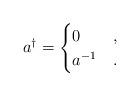
LaTeX: \begin{align*}a^\dagger=\begin{cases}0&,\\a^{-1} & .\end{cases}\end{align*}